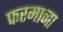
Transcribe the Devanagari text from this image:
फरमाना